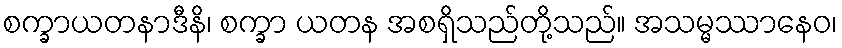
စက္ခာယတနာဒီနိ၊ စက္ခာ ယတန အစရှိသည်တို့သည်။ အသမ္မဿာနေဝ၊